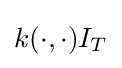
k(\cdot ,\cdot )I_{T}